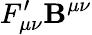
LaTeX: F_{\mu\nu}^{\prime}\mathbf{B}^{\mu\nu}